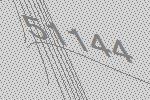
51144